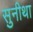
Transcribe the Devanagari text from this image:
सुनीथा